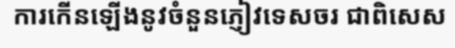
ការកើនឡើងនូវចំនួនភ្ញៀវទេសចរ ជាពិសេស